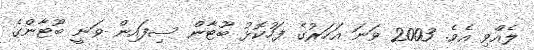
ލެއްވި އެވެ. 2003 ވަނަ އަހަރުގެ ފަހުކޮޅު ބޫޓާން ސިފައިން ވަނީ ބޫޓާންގެ